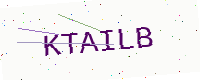
Text: KTAILB